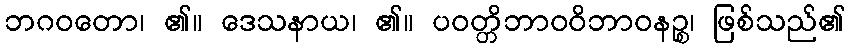
ဘဂဝတော၊ ၏။ ဒေသနာယ၊ ၏။ ပဝတ္တိဘာဝဝိဘာဝနဉ္စ၊ ဖြစ်သည်၏